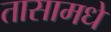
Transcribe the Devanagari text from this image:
तासामधे